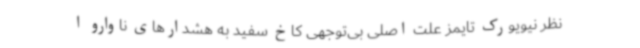
نظر نیویورک تایمز علت اصلی بی‌توجهی کاخ سفید به هشدارهای ناوارو ا